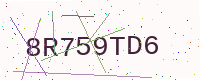
Text: 8R759TD6